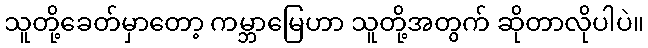
သူတို့ခေတ်မှာတော့ ကမ္ဘာမြေဟာ သူတို့အတွက် ဆိုတာလိုပါပဲ။